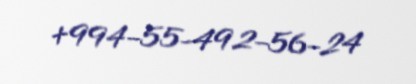
+994-55-492-56-24